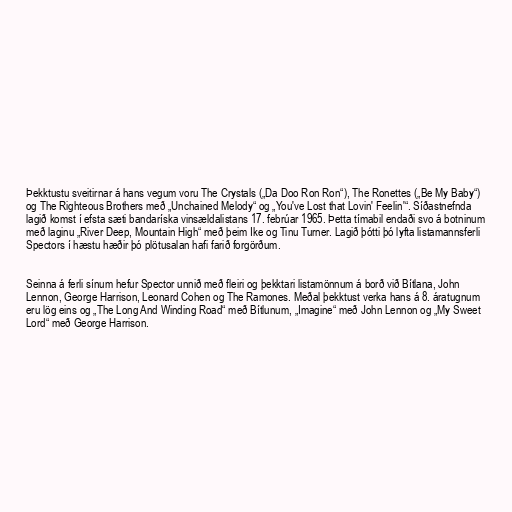
Þekktustu sveitirnar á hans vegum voru The Crystals („Da Doo Ron Ron“), The Ronettes („Be My Baby“)
og The Righteous Brothers með „Unchained Melody“ og „You've Lost that Lovin' Feelin'“. Síðastnefnda
lagið komst í efsta sæti bandaríska vinsældalistans 17. febrúar 1965. Þetta tímabil endaði svo á botninum
með laginu „River Deep, Mountain High“ með þeim Ike og Tinu Turner. Lagið þótti þó lyfta listamannsferli
Spectors í hæstu hæðir þó plötusalan hafi farið forgörðum.

Seinna á ferli sínum hefur Spector unnið með fleiri og þekktari listamönnum á borð við Bítlana, John
Lennon, George Harrison, Leonard Cohen og The Ramones. Meðal þekktust verka hans á 8. áratugnum
eru lög eins og „The Long And Winding Road“ með Bítlunum, „Imagine“ með John Lennon og „My Sweet
Lord“ með George Harrison.